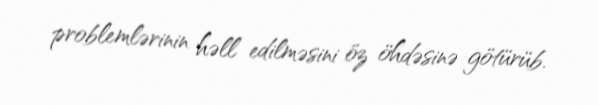
problemlərinin həll edilməsini öz öhdəsinə götürüb.